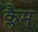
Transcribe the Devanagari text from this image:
क्लैम